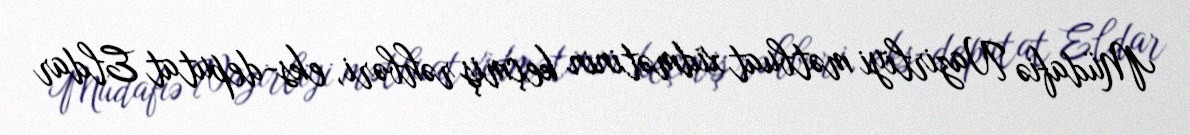
Müdafiə Nazirliyi mətbuat xidmətinin keçmiş rəhbəri, eks-deputat Eldar